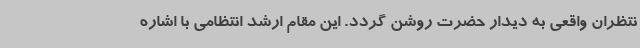
نتظران واقعی به دیدار حضرت روشن گردد. این مقام ارشد انتظامی با اشاره